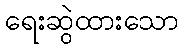
ရေးဆွဲထားသော